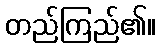
တည်ကြည်၏။